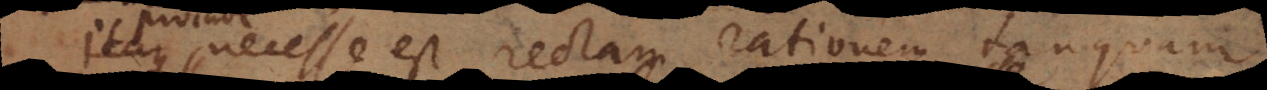
necesse est rectam rationem tanquam